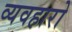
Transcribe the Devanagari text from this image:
व्यवहारो